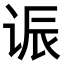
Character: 𫍨